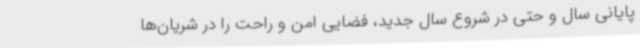
پایانی سال و حتی در شروع سال جدید، فضایی امن و راحت را در شریان‌ها